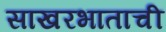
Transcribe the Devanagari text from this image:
साखरभाताची